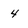
Character: 4